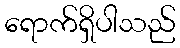
ရောက်ရှိပါသည်